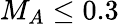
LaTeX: M_{A}\leq 0.3